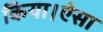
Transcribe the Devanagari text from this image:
किया।ऐसा